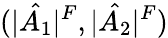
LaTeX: (|\hat{A_{1}}|^{F},|\hat{A_{2}}|^{F})